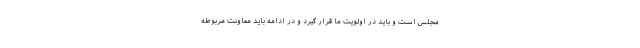
مجلس است و باید در اولویت ما قرار گیرد و در ادامه باید معاونت مربوطه